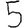
Digit: 5